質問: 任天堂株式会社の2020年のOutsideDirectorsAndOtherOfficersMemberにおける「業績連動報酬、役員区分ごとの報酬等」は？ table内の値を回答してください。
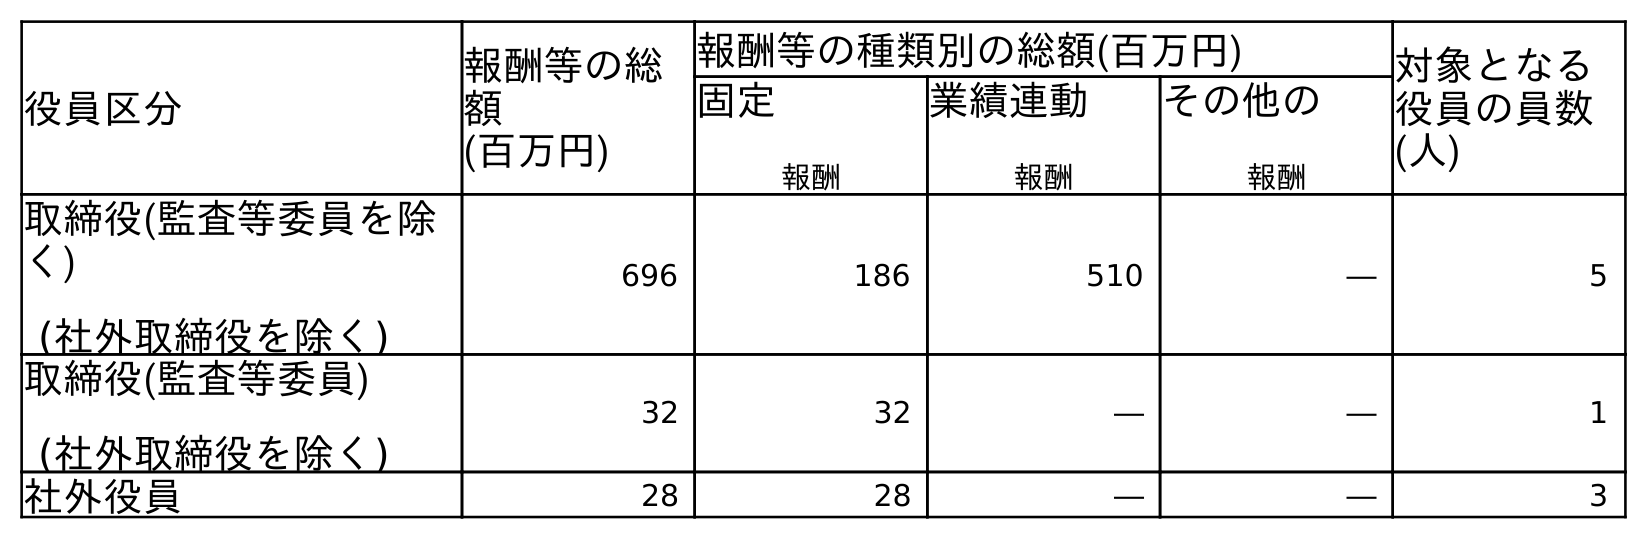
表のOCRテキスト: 役員区分 報酬等の総 額 (百万円) 報酬等の種類別の総額(百万円) 対象となる 役員の員数 (人) 固定 報酬 業績連動 報酬 その他の 報酬 取締役(監査等委員を除 く) (社外取締役を除く) 696 186 510 ― 5 取締役(監査等委員) (社外取締役を除く) 32 32 ― ― 1 社外役員 28 28 ― ― 3
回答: ―